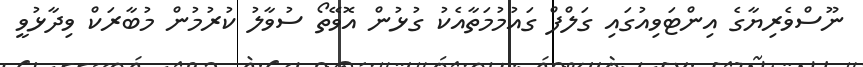
ނޫސްވެރިޔާގެ އިންޓަވިއުގައި ގަލްފް ގައުމުމަތާއެކު ގުޅުން އޮވޭތޯ ސުވާލު ކުރުމުން މުބާރަކް ވިދާޅުވީ